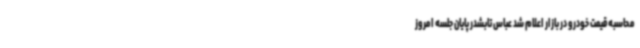
محاسبه قیمت خودرو در بازار اعلام شد عباس تابشدر پایان جلسه امروز